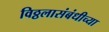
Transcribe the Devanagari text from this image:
विठ्ठलासंबंधीच्या